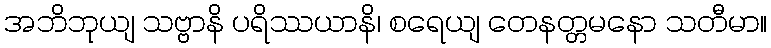
အဘိဘုယျ သဗ္ဗာနိ ပရိဿယာနိ၊ စရေယျ တေနတ္တမနော သတီမာ။